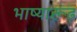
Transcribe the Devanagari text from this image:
भाष्यारूढ़